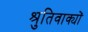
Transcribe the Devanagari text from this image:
श्रुतिवाक्यों